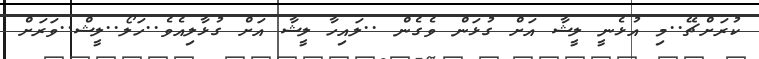
ކުރަށްޗޭ..މި އުޅެނީ ލީޝާ އަށް ގުޅަން ވެގެން ..ލައިހާ ލީޝާ އަށް ގުޅާލިއެވެ..ހަލޯ..ލީޝް..ވަރަށް